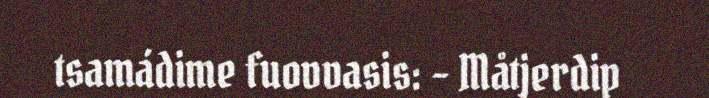
tsamádime fuovvasis: – Måtjerdip